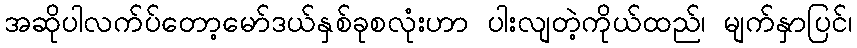
အဆိုပါလက်ပ်တော့မော်ဒယ်နှစ်ခုစလုံးဟာ ပါးလျတဲ့ကိုယ်ထည်၊ မျက်နှာပြင်၊